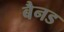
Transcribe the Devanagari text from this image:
बैनड